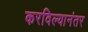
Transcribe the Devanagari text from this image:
करविल्यानंतर